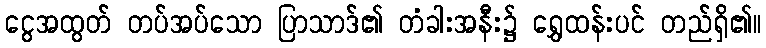
ငွေအထွတ် တပ်အပ်သော ပြာသာဒ်၏ တံခါးအနီး၌ ရွှေထန်းပင် တည်ရှိ၏။